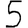
Digit: 5